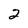
Character: 2